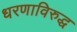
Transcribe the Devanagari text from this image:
धरणाविरुद्ध